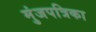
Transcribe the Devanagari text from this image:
मुंजपत्रिका